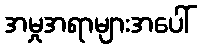
အမှုအရာများအပေါ်